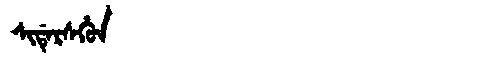
Manchu: ᠰᡳᡩᡝᡵᠰᡥᡠᠨ
Romanization: SIDERSHUN